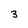
Character: 3